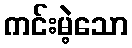
ကင်းမဲ့သော